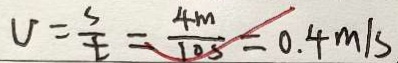
V = \frac { s } { t } = \frac { 4 m } { 1 0 s } = 0 . 4 m / s